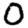
Digit: 0